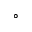
^ \circ